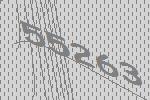
55263